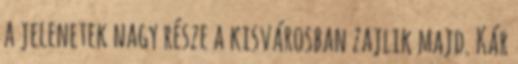
a jelenetek nagy része a kisvárosban zajlik majd. Kár